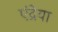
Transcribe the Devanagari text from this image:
एंद्रेया